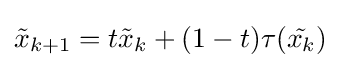
{\tilde {x}}_{k+1}=t{\tilde {x}}_{k}+(1-t)\tau ({\tilde {x_{k}}})